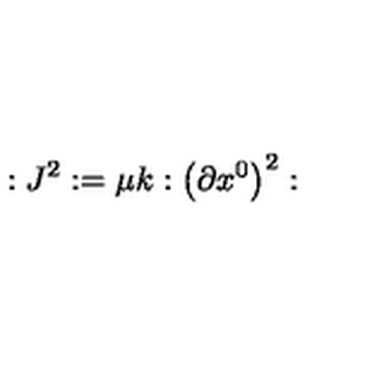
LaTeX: : J ^ { 2 } : = \mu k : \left( \partial x ^ { 0 } \right) ^ { 2 } :